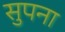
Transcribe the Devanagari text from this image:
सुपना